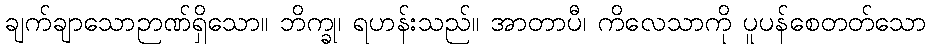
ချက်ချာသောဉာဏ်ရှိသော။ ဘိက္ခု၊ ရဟန်းသည်။ အာတာပီ၊ ကိလေသာကို ပူပန်စေတတ်သော